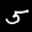
Label: 5